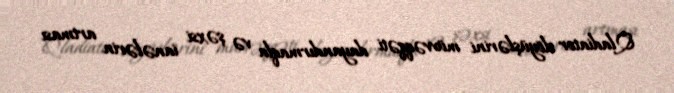
Qladiator döyüşlərini müvvəqqəti dayandırmaqla və şəxsi ianələrin artması